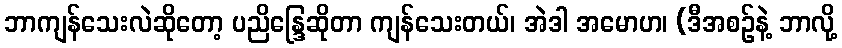
ဘာကျန်သေးလဲဆိုတော့ ပညိန္ဒြေဆိုတာ ကျန်သေးတယ်၊ အဲဒါ အမောဟ၊ (ဒီအစဉ်နဲ့ ဘာလို့